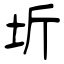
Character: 圻